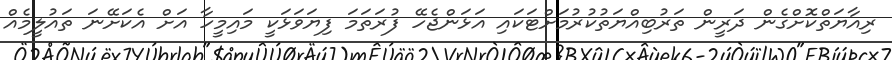
ރިއާޔަތްކޮށްގެން ދަރީން ތަރުބިއްޔަތުކުރުމަށްޓަކައި އަޅަންޖެހޭ ފުރަތަމަ ފިޔަވަޅަކީ މައިމީހާ އަށް އެކަށޭނަ ތައުލީމެއް